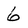
Character: 6